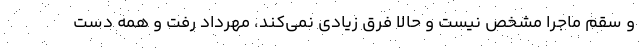
و سقم ماجرا مشخص نیست و حالا فرق زیادی نمی‌کند، مهرداد رفت و همه دست